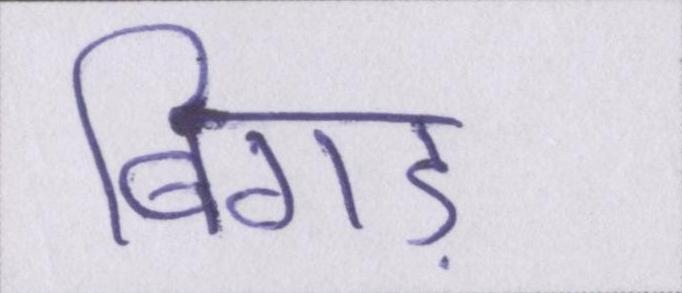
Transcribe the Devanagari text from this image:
बिगड़